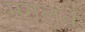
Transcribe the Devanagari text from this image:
मगलूब